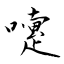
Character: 嚔